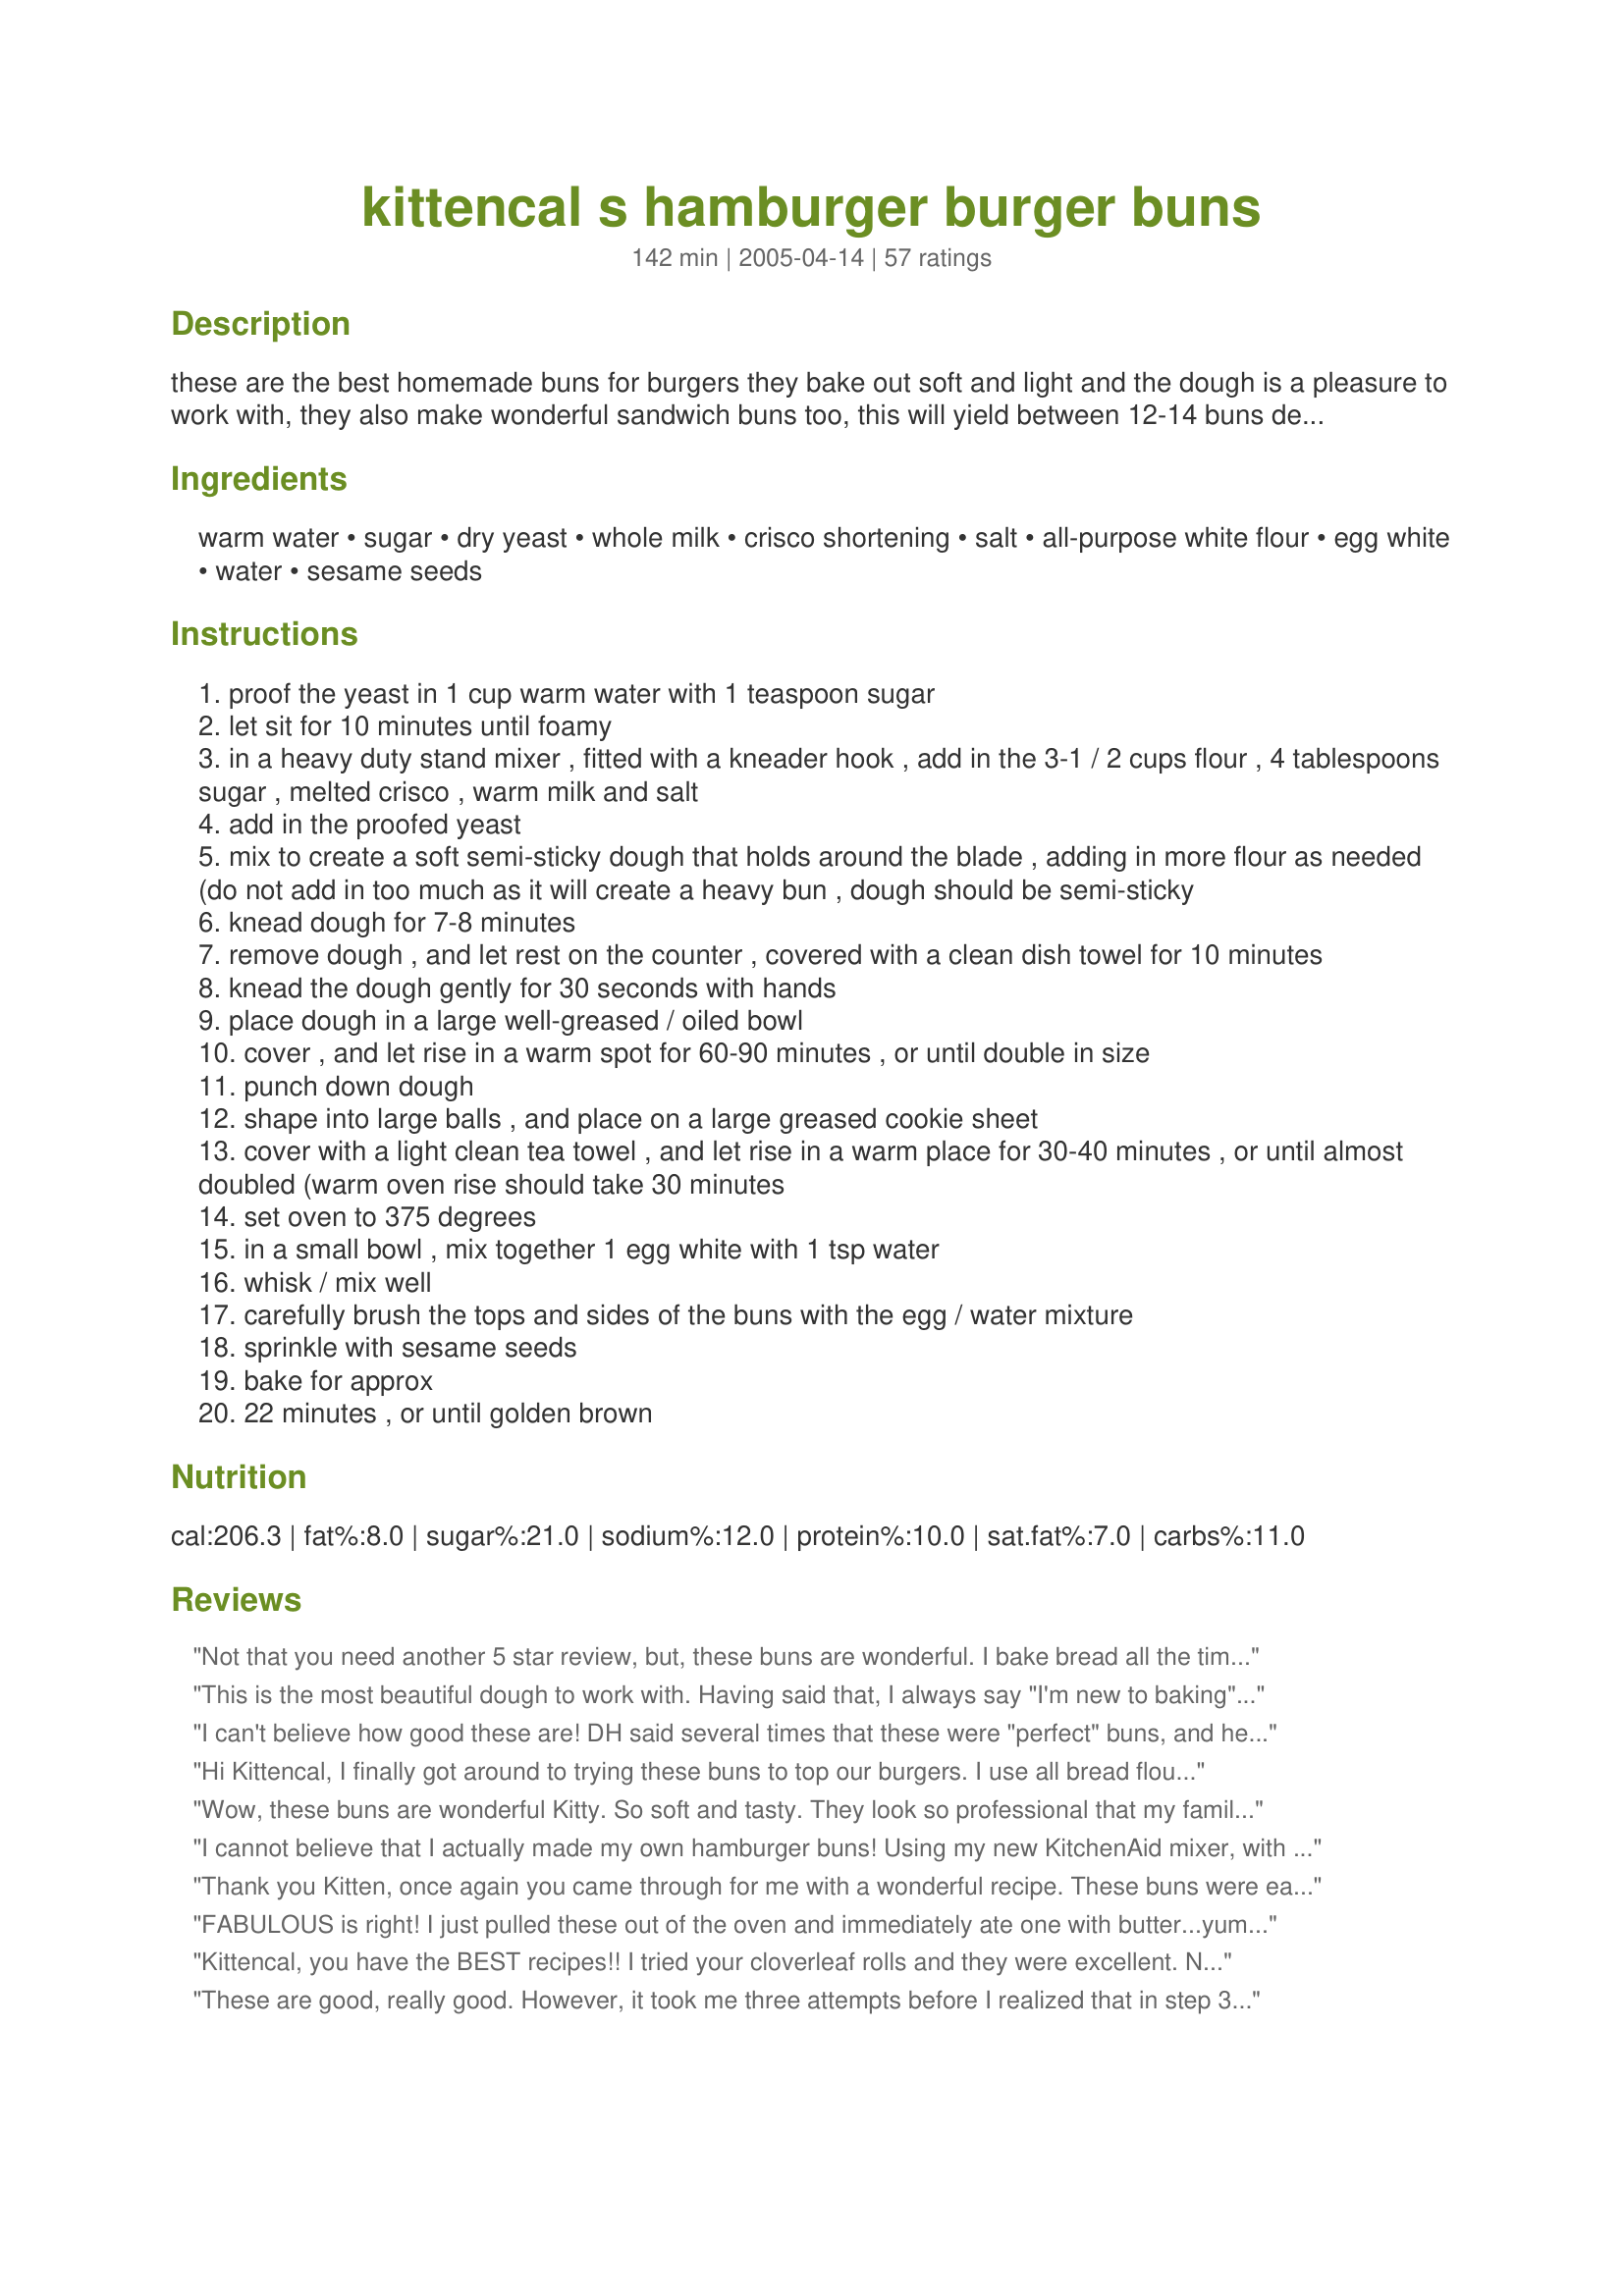
kittencal s hamburger burger buns
Preparation time: 142 minutes

these are the best homemade buns for burgers they bake out soft and light and the dough is a pleasure to work with, they also make wonderful sandwich buns too, this will yield between 12-14 buns depending on how big you make them, i sometimes add in 1/2 teaspoon malt powder but it is not necessary --- canadian residents can use all-purpose flour, u.s. residents use bread flour

Ingredients:
warm water, sugar, dry yeast, whole milk, crisco shortening, salt, all-purpose white flour, egg white, water, sesame seeds

Steps:
proof the yeast in 1 cup warm water with 1 teaspoon sugar
let sit for 10 minutes until foamy
in a heavy duty stand mixer , fitted with a kneader hook , add in the 3-1 / 2 cups flour , 4 tablespoons sugar , melted crisco , warm milk and salt
add in the proofed yeast
mix to create a soft semi-sticky dough that holds around the blade , adding in more flour as needed (do not add in too much as it will create a heavy bun , dough should be semi-sticky
knead dough for 7-8 minutes
remove dough , and let rest on the counter , covered with a clean dish towel for 10 minutes
knead the dough gently for 30 seconds with hands
place dough in a large well-greased / oiled bowl
cover , and let rise in a warm spot for 60-90 minutes , or until double in size
punch down dough
shape into large balls , and place on a large greased cookie sheet
cover with a light clean tea towel , and let rise in a warm place for 30-40 minutes , or until almost doubled (warm oven rise should take 30 minutes
set oven to 375 degrees
in a small bowl , mix together 1 egg white with 1 tsp water
whisk / mix well
carefully brush the tops and sides of the buns with the egg / water mixture
sprinkle with sesame seeds
bake for approx
22 minutes , or until golden brown

Reviews:
Not that you need another 5 star review, but, these buns are wonderful. I bake bread all the time but this is the best hamburger bun recipe that I have found. Thank you so much for posting.
This is the most beautiful dough to work with. Having said that, I always say "I'm new to baking" and just realized that I've never progressed. Not til this recipe! I've just gone a step higher, and these buns are why. Wonderful, fragrant dough. Easy steps, and this is my new and only recipe for burger/sandwich buns! Thanks again, Kitten for sharing!!
I can't believe how good these are! DH said several times that these were "perfect" buns, and he's not the gushing type. I'm amazed at how perfect they are, in how they look, how they taste, and most amazingly, that they came out of my oven. I followed the recipe to a T, although I didn't have the malt powder, and we have eaten both burgers and BBQ on these. YUM!
Hi Kittencal,
I finally got around to trying these buns to top our burgers. I use all bread flour and a mix of water/fat free half and half for the milk.I mixed the dough in my bread machine. The dough was slightly sticky as you stated so I resisted adding any addt. flour. My buns turned out really airy inside with a "bakery style" exterior. Thanks for another terrific recipe, Kitz.
Roxygirl
Wow, these buns are wonderful Kitty. So soft and tasty. They look so professional that my family thought I got them from the bakery. Thank you for sharing the recipe.
I cannot believe that I actually made my own hamburger buns! Using my new KitchenAid mixer, with the help of my grandaughter, it was SO easy. The buns were soft, tasty - I made 8 which were just the right size for 1/4 pounders. 
I used 1% milk, added chopped fresh-from-the-garden chives to the dough & skipped the sesame seeds. Half a dozen were used for burgers & the last 2 went into hubby's lunch today. Thanx again Kitten!
Thank you Kitten, once again you came through for me with a wonderful recipe. These buns were easy to prepare and would not change a thing in the ingredients. I did however change the shape a bit to make into square dinner roll size that I served with recipe #109264, Cheif Doozer's Almost White Castle Hamburgers. What a hit, delish! Thanks again, it's a keeper. Leslie
FABULOUS is right! I just pulled these out of the oven and immediately ate one with butter...yum! Then I made hot ham & cheese sandwiches with them for lunch and they were soooo good! Tonight we are having them with Recipe #43186, can't wait for that either! I followed your recipe exactly except I used unsalted butter instead of crisco and it worked great. I used almost a 1/3 cup more of bread flour and baked them for the full 22 minutes and they were perfect. I loved the dough, what fun, easy dough to work with. Kitten, I just might be your biggest fan.
Kittencal, you have the BEST recipes!! I tried your cloverleaf rolls and they were excellent. Now I've tried your Burger Buns and they are perfect. I didn't change anything in the recipe, although I didn't have any malt powder, but you can bet your spatula that I have it next time I make them, and I WILL make them again and again and again.!!! Thank you so much for such easy recipes, they turn out EVERY time for me and I cannot tell you how much I appreciate you. Thanks again, Angelcook.
These are good, really good. However, it took me three attempts before I realized that in step 3, I had to add in a lot more flour than I thought the recipe called for. Made them today, and used 5 cups of flour total (so a cup and a half more than the recipe lists). Is everyone else adding this much more???? I still got 13 buns out of it, so I think I'm on the right track.
I got a "sneak preview" of this great bun recipe! Very good, indeed, K! I love how simple they are to whip up and bake ... and, with ingredients I keep around anyway. I made mine a little larger, and got about 13 (a good baker's dozen) neat burger buns ... They came out nice and soft, and they even make great garlic bread to have with spaghetti! You dreamed up a winner in these hummers, K! I plan to make them on a regular basis ... Thanks for sharing, Hon ... They really are good! Laudee
De-lish. Exchanged buttermilk for whole milk. Sooo good with our pullpork sandwitches. Hubby had 2. Not so sure if thats a good thing or not. Will be making them again and again. Thank you.
Mmmm Fantabulous!!! =]

I veganized them and used whole wheat flour! So good! I completely screwed up some steps but the recipe was very forgiving of my mistakes lol =]

I can't wait to make these again!! I'll probably double the recipe and make the buns bigger--haha ;)

Thanks!!
Hi Kittencal,
These are so beautiful I could hardly hold onto mine after it came out of the oven we dove right into one chewy soft bun with a nice nutty flavour! It is about -20 here and they just didn't rise at all. After baking they popped right up and were shiny and looking very professional with the sesame seeds! I will use more egg white and sesame seeds making sure to cover the sides as well. I did use a very heavy organic whole wheat flour maybe that was part of the reason the rising was somewhat silted. The buns were fabulous and will be made forever in our home! Thanks for posting Kittencal.
Followed the recipe to the T, except that instead of using a stand mixer I used a wooden spoon and my hands. Came out BEAUTIFUL. One of my favorite bread recipes so far, hands down!
 Great recipe! Who would ever think I would be making my own buns, I don't want store bought anymore, these are so good and fresh and not all the additives of bought buns. Thanks for another great recipe.
I loved how beautifully this came together.The buns were very good.I used bread flour.Next time I will try using half of bread flour and half of plain flour.We had these with vegetarian chiken style burgers.Simply yummy!I also made the eggless mayonnaise from this site(#34260), and it was fabulous with the burgers.Thanks for the recipe,Kittencal.
These were awesome. Followed the recipe to the letter except I only added two T. of sugar as we are not fond of sweet hamburger rolls. Also, when it came to the yeast, I just added one package of yeast. I noticed that the salt is not included in the instructions portion of the recipe, but I tossed it in with the flour and such. Also, I opted to use standard flour rather than bread flour as it is cheaper to use. I mixed this with the dough attachment using my KAid stand mixer and the dough was fabulous. I preheated the oven to 200 so that my rise time was only one hour and opted to just spray the tops of the buns with PAM cooking spray rather than use the egg white (no sesame seeds added). These buns turned out fabulous. They weren&#039;t as heavy as some that I have made in the past which is exactly what I was looking for. Thank you for a wonderful recipe. I no longer buy bread products so I will be using this again and again and again! This is a definite keeper. My search is over. :)
My go to recipe! Light, sweet, chewy crust - perfect! I do split the shortening amount with butter.
These rolls are phenomenal, and the dough is incredibly easy to work with. I've used the technique of letting the dough rest for other recipes that have soft, tender dough - works like a charm. I did substitue butter for the shortening as I was out of shortening. Thanks for a fantastic recipe.
This recipe is exactly what I was looking for! Thank you Kittencal! No more chemical-laden commercial buns for this family. That said, I am not one to ordinarily use shortening, and I won't be buying it again after I use it up (I have enough left in the pantry for one more batch). I do see, though, that reviewers have had success with melted butter, and I almost think oil might work also. I have some experimenting to do. I also think I want to try freezing some and see how they do. I am very much a last-minute cook, and I don't want the prep time to keep me from making hamburgers. This batch is nearly all gone after using them for breakfast and lunch sandwiches. The texture is still perfect even several days later! Did I mention that I love these?!?
Fantastic buns! I made these 2 days ago to put our turkey burgers on. Since then, any time my hubby wants a snack (he snacks a lot, lol), he slices one of these buns in half and toasts it up and puts butter on it. He can't stop eating them!! I better be getting my butt to costco for the BIG sack of flour so I can keep making these. Being so impressed with these buns, tomorrow I will be trying out your Soft White Bagette-Style Bread #121941. Thank you Kittencal!
This is an AWESOME recipe, I had made it several times as listed, the last time I made them I was out of milk so I substituted buttermilk, the results were even more amazing!!! I will never buy another store bought bun again.
Sadly, these didn't turn out well for me. I wasn't working with a stand mixer so I didn't know exactly how sticky the dough should be (I think I left it much too sticky). They also didn't rise up during baking, they just spread out so they were more like a flat bread. If anyone could give me suggestions on what might have gone wrong, please contact me.
Kit, you have fabulous buns! ;) :D These are really great and so much cheaper than the store bought ones that just go bad on top of the counter. The whole troop will actually eat these even if there is no burger or weiner included. I have no idea how many dirty glares I get to avoid now when the minions get a 'hot dog bun' PBJ sammich! Thanks :)
These have a wonderful texture, much better than the store bought excessively fluffy type. I did everything by hand because I don't have a stand mixer. Also, I didn't use bread flour. The dough was a bit sticky at the shaping stage (I had added almost an extra 1/2 cup of flour earlier in the recipe), but the buns cooked up perfectly. Thanks so much.
Kitt, I have to tell you that you are my go to chef for recipes on this site. I probably have made 95% of you recipes and have never never been dissappointed. The buns have to be the best.....I have not rated your recipes because I am usually in the kitchen cooking or baking all day...these buns are the BEST these are the only buns I use these days. I have made them in the Kitchenaid and I have made them in my bread maker (when I am feeling lazy.lol) and always fantastic. Thank you looking forward to more of your recipes. Krystyna
These are really nice hamburger buns. Made no substitutions and they turned out great. I will make these again. Thank you for sharing your recipe.
Thanks Kittencal, for a great recipe with clear directions and wonderful results. I cannot believe I really made fresh home made hamburger buns. They turned out great and from now on I'll be making my own, next time I'll try to shape them like hot dogs. The crust was perfect with such a light fluffy center. Ate one fresh from the oven and can't wait to serve these to the family. I followed the recipe exactly, even holding back on the temptation to add more flour when I saw how sticky the dough was. So glad I did as I'm sure that's what makes them so light and fluffy. I didn't have sesame seeds to sprinkle on, but next time you can bet I'll make sure I do. I wasn't sure about the right size of ball for the dough so tried a couple of differant sizes, but from now on I'll know just how to go with that. I think the size of a baseball works for me. Thanks again for a great recipe.
These are the best. Made them exactly as written and used my hamburger bun pan that I recently bought from King Arthur Flour Co. They were delicious and picture perfect.
this was great burger buns, light and easy to make , i followed the recipe exactly and they came out perfect
thank you kittencal.
hanne
Thank you for this great recipe! I made them into hot dog buns which we had with tofu wieners. They're soft, fluffy, and sooooo good! I used whole wheat bread flour and a bit of all purpose unbleached. I shaped them into 12 rolls and will go with 14 next time since they were quite big. I don't own a large mixer so did everything by hand. The dough was very easy to work with. With a bit of shine from the egg white and the sesame seeds sprinkled on top, they looked fabulous.
AMAZING! I had a craving for burgers, so I made these today. Light, fluffy rolls. So yummy. I will be making them again.
They came out very good. I used flax seeds instead of sesame seeds though.
I really enjoy these buns. Very light texture and very easy instructions.I'm making them tonight for sloppy joes. Next time I will try the onion sound great.

p.s I'm making these on a regular basis as well. Thanks so much kittencal!
Kitten...... this is a recipe of recipes, absolutely as name 
states, soft, tender and it should say delicious.. I have to confess I did make them a little larger than stated, next time i'll try and get the size right.. hubby and I ate one straight out of the oven with butter and it was delicious.. can't wait to make burgers.. I geve this 5 star rating, hope it doesn't come up 4 star again.. you most definately should be a chef at a 5 star resturant. Just finished your baked chicken with gravy recipe.. it was out of this world delicious also..
These are gorgeous and wonderful! I substituted butter for the Crisco just because I like butter and skipped most of the first rising b/c I forgot to start them early enough. It didn't seem to matter. We had them with pulled pork as sandwiches and they were fantastic! This will be my "go to" burger bun from now on. Can't wait to try them with whole wheat flour!<br/><br/>I have to add to this review. I've made these buns many, many times since this review. I usually substitute at least one cup of whole wheat flour for some white and they still turn out soft, delicious and perfect! Every person who has tried them loves them - my dad always wants extras to go home with him. Excellent recipe, Kittencal. As always. :o)
15 minutes for cooking time was too much for mine! Great recipe a keeper :) Will try to substitute the shortening for Parkay margarine next time :)
Like everyone knows times are tough and money is tight. Today my 16 year old daughter and I made this recipe because it sounded fun,we were amazed at how simple this recipe was. these were the most fantastic buns I have ever made and I am going to use the dough to make cinimon rolls.
Another great one kittencal! Made these to go with the first grilled burgers of the season, and they were a hit, such a nice soft dough, they turned out beautiful. I didn't have sesame seeds so topped the buns with parmesean and that worked very well. I think this would work great for adding other things to the dough as well, such as herbs and cheese.
Wonderful Soft,Tender & Light Hamburger Buns. We enjoyed these tonight with our Jalepeno Cream Cheese Burgers. Will definitely be making again. This recipe was very easy to make using my Kitchenaid mixer and dough hook. I did do a few things differently. I used 2 TBS Butter and what was needed in Shortening to make up 1/4 C melted (since I didnt have buttered flavor Crisco). I also left out the egg white,1 tsp water and the sesame seed and just made the buns plain but did butter the tops with melted butter. I used all purpose flour with no problems. Thank you Kittenkal for the wonderful bun recipe. I will be keeping this in a permanent file :) Much better than any ole store bought bun!
Oh one other thing: I skipped the instruction about letting the dough rise again after making the bun rolls and placing on the greased pan. I just went straight to the oven with them without a problem and this made 8 good size buns for us. I suppose I could make 12 if I were making smaller buns :D
Yes MA'AM! Thank you for the perfect recipe! I loved these and have used them for Pizza Roll-Ups #50772. Delicious and exactly right! I used 1c wheat flour, 2.5c white.
Very good, merci beaucoup !
These buns were a big hit. I followed the recipe as written except I only used one package of yeast which is 2 1/4 teaspoons instead of one tablespoon as written. Will be making these again.
OK here's another 5 star rating and I'd give more if I could. These are great! Not only are they great for burgers/sandwiches but they are just great to eat by themselves. I'm sure I'll make again. Thanks Kit!
When the buns are this good, I don't even need the burger! This was a great way to break in my new KitchenAid mixer! Perfect for a sticky dough that I didn't want all over my hands. These buns rose beautifully and I had to eat one as soon as they came out of the oven. Just great. Thanks, Kit!
Kittencal, these buns ARE fabulous. Yum. My 8-year-old and I shaped these into hot dog buns and the family scarfed down all but one for dinner. They have great flavor and lovely color. Worked fine with no-trans-fat shortening and skim milk. I replaced some of the bread flour with soy flour, and opted out of the sesame seeds, instead brushing with egg white to make them shiny and then following up with some butter to make them soft. Delicious. Thanks, KC!
As I am a cancer patient and a diabetic I had to make several changes to this recipe. I used butter (to avoid the soy in crisco), substituted in one cup of whole wheat flour, used lowfat milk and cut the sugar in half. The dough was lovely and so wer the buns. I've made them four times now. Terrific!
This recipe is great - i followed it more or less (cant really understand cups, but felt my way) and the dough was so sticky it was quite hard work and messy - it is so cold (snowing today) i thought it would never rise, and had very low expectations for the end result but... guess what ... absolutely delish - so light, tasty and moreish - unbelievable! Thanks.
These turned out very well. I didn't put sesame seeds on them because I forgot about them. Next time I will try them. But even so these buns turned out really light and airy. I wasn't sure what the malt powder that was mentioned in step 2 was, but I did add vital wheat gluten at 1 tsp per 1 cup of all purpose flour. I will definitely be making these again.
These were perfect as a burger bun. They were sturdy enough and not too squishy. They had a nice bite and texture. Not so great for just a roll as they didn't have any real stnadout flavor - but as a base for a burger or hot dog it was perfect!
These rose quickly and had a great flavor.
These are the best homemade buns I've ever made!! I substituted Spelt Flour for regular and honey for sugar and they are sooooo good! It makes a beautiful dough and very nice looking bun. Thanks!
This buns were soft, fluffy and absolutely delicious. I made these for sandwiches and they were perfect. I followed the recipe exactly and will look for malt powder the next time I am at the store. Thank you for this recipe!
these are really good buns Thank you Kittencal
Lovely recipe. Haven't bought a store bought bun since I began making these. Thank you
A great recipe, makes a great number of rolls, simple and tasty. I love working with the dough, its beautiful.
